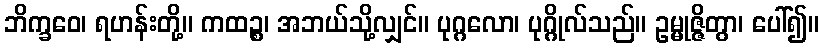
ဘိက္ခဝေ၊ ရဟန်းတို့။ ကထဉ္စ၊ အဘယ်သို့လျှင်။ ပုဂ္ဂလော၊ ပုဂ္ဂိုလ်သည်။ ဥမ္မုဇ္ဇိတွာ၊ ပေါ်၍။